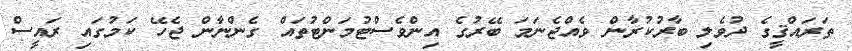
ތަރައްޤީގެ ދުވެލި ބާރުކުރާން ވެއްޖެނަމަ ބޭރުގެ އިންވެސްޓުމަންޓުތައް ގެންނާން ޖެހޭ ކަމުގައި ރައީސް